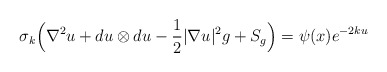
\begin{align*}\sigma_k \Big(\nabla^2 u + d u \otimes du - \frac{1}{2} |\nabla u|^2 g + S_g\Big) = \psi (x) e^{-2ku}\end{align*}